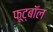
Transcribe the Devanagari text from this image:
फूट्बॉल